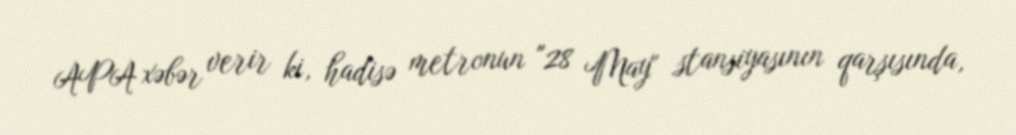
APA xəbər verir ki, hadisə metronun "28 May" stansiyasının qarşısında,